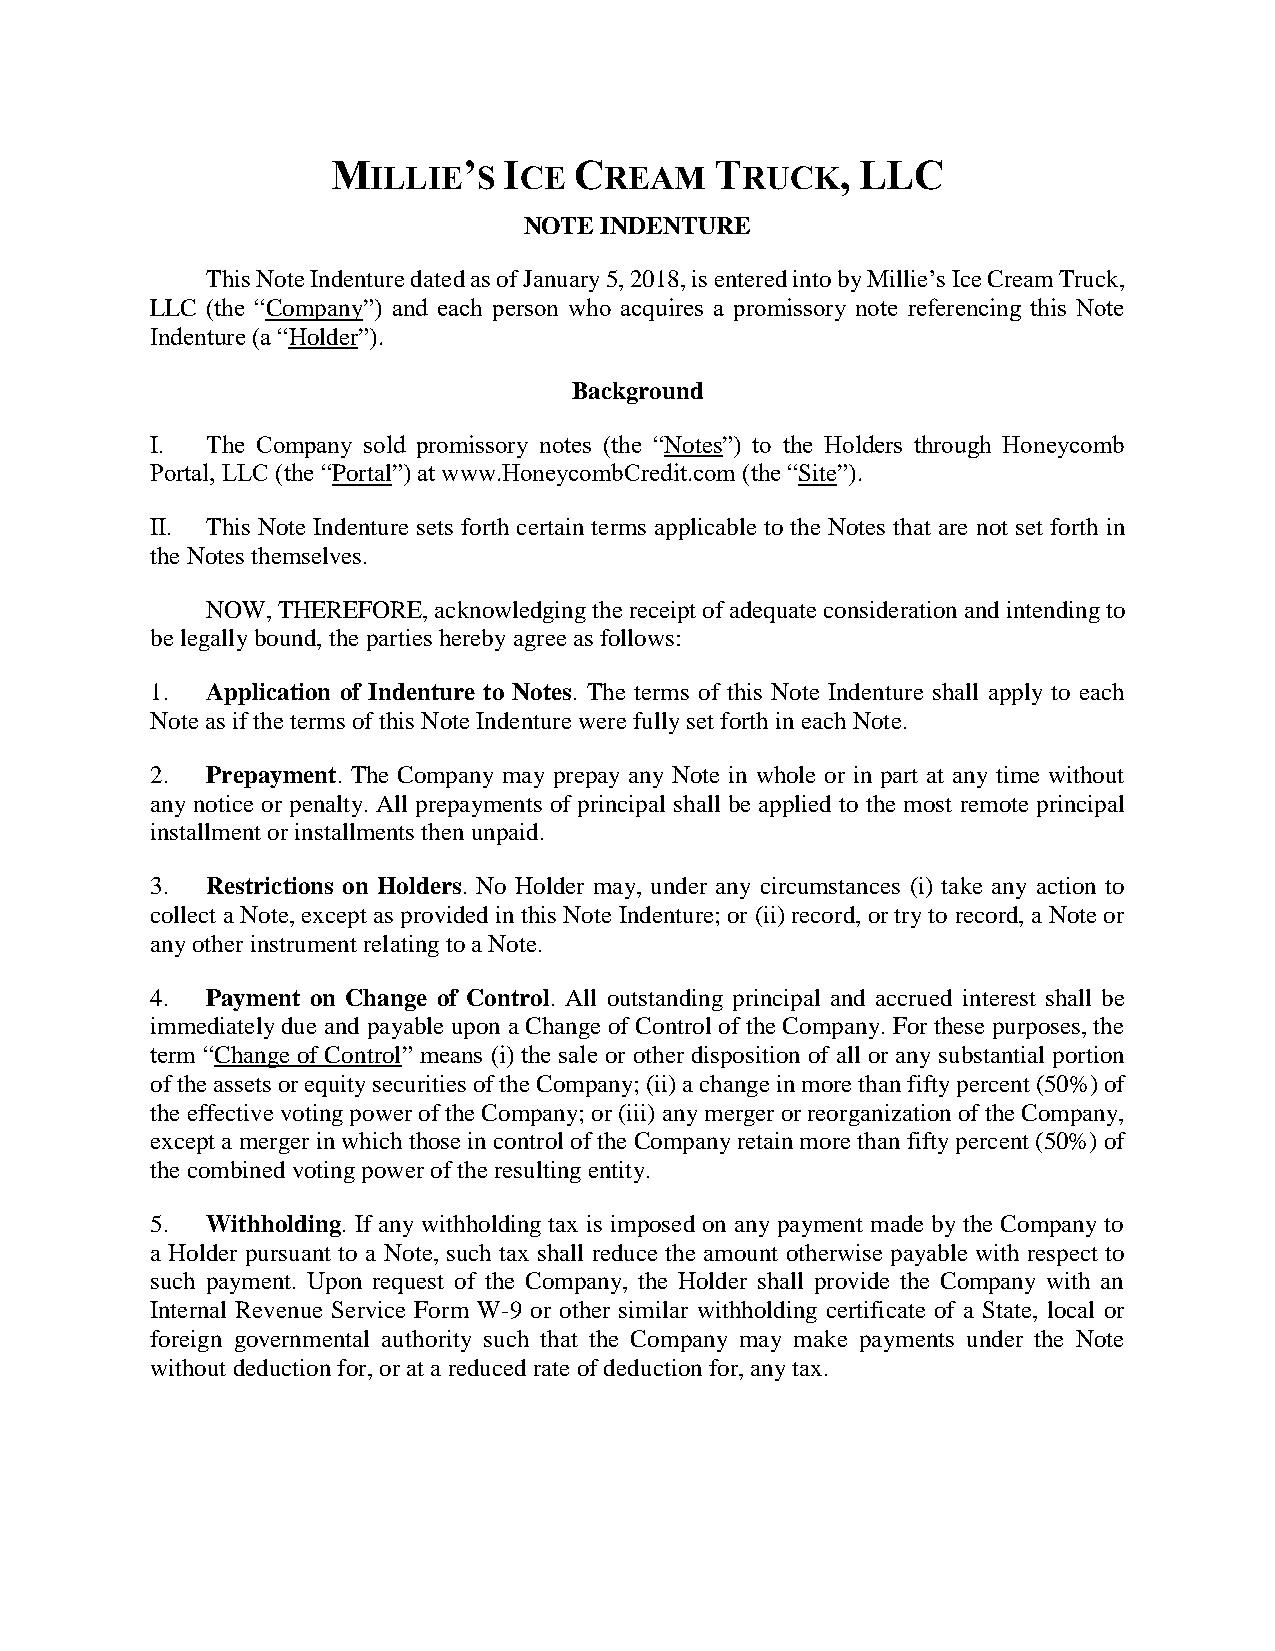
M        ’ I    C        T        , LLC
 ILLIE   S CE    REAM     RUCK
 NOTE INDENTURE
 This Note Indenture dated as of January 5, 2018, is entered into by Millie’s Ice Cream Truck,
 LLC (the “Company”) and each person who acquires a promissory note referencing this Note
 Indenture (a “Holder”).
 Background
 I.  The Company sold promissory notes (the “Notes”) to the Holders through Honeycomb
 Portal, LLC (the “Portal”) at www.HoneycombCredit.com (the “Site”).
 II. This Note Indenture sets forth certain terms applicable to the Notes that are not set forth in
 the Notes themselves.
 NOW, THEREFORE, acknowledging the receipt of adequate consideration and intending to
 be legally bound, the parties hereby agree as follows:
 1.  Application of Indenture to Notes. The terms of this Note Indenture shall apply to each
 Note as if the terms of this Note Indenture were fully set forth in each Note.
 2.  Prepayment. The Company may prepay any Note in whole or in part at any time without
 any notice or penalty. All prepayments of principal shall be applied to the most remote principal
 installment or installments then unpaid.
 3.  Restrictions on Holders. No Holder may, under any circumstances (i) take any action to
 collect a Note, except as provided in this Note Indenture; or (ii) record, or try to record, a Note or
 any other instrument relating to a Note.
 4.  Payment on Change of Control. All outstanding principal and accrued interest shall be
 immediately due and payable upon a Change of Control of the Company. For these purposes, the
 term “Change of Control” means (i) the sale or other disposition of all or any substantial portion
 of the assets or equity securities of the Company; (ii) a change in more than fifty percent (50%) of
 the effective voting power of the Company; or (iii) any merger or reorganization of the Company,
 except a merger in which those in control of the Company retain more than fifty percent (50%) of
 the combined voting power of the resulting entity.
 5.  Withholding. If any withholding tax is imposed on any payment made by the Company to
 a Holder pursuant to a Note, such tax shall reduce the amount otherwise payable with respect to
 such payment. Upon request of the Company, the Holder shall provide the Company with an
 Internal Revenue Service Form W-9 or other similar withholding certificate of a State, local or
 foreign governmental authority such that the Company may make payments under the Note
 without deduction for, or at a reduced rate of deduction for, any tax.